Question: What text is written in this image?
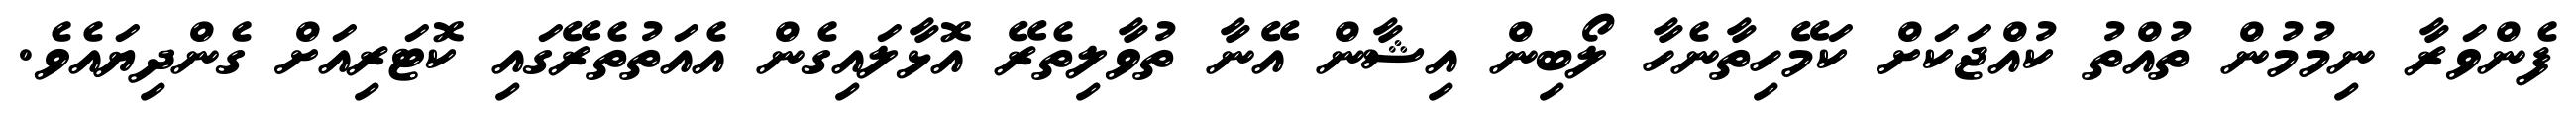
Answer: ފެންވަރާ ނިމުމުން ތުއްތު ކުއްޖަކަށް ކަމޭހިތާނެހާ ލޯބިން އިޝާން އޭނާ ތުވާލިތެރޭ އޮޅާލައިގެން އެއަތުތެރޭގައި ކޮޓަރިއަށް ގެންދިޔައެވެ.